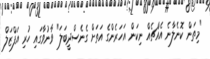
"މިތަން ކޮނެލާނެ އެއްޗެއް ނިކަން އަހަރެންގެ އަތަށް ގެނެސްދީބަލަ" ވާނުވާގައި ހުރި އަފްޒަލް